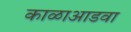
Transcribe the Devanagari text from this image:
काळाआडवा